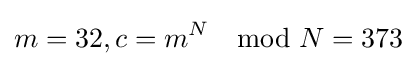
m=32,c=m^{N}\mod N=373